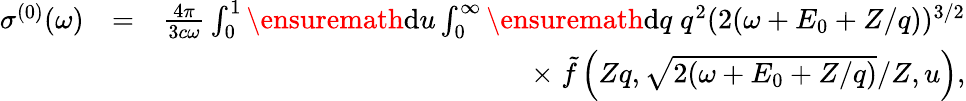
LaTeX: \begin{array}{rlr}{\sigma^{(0)}(\omega)}&{=}&{\frac{4\pi}{3c\omega}\int_{0}^{1}\ensuremath{\mathrm{d}}u\int_{0}^{\infty}\ensuremath{\mathrm{d}}q\; q^{2}(2(\omega+E_{0}+Z/q))^{3/2}}\\ &{}&{\times\; \tilde{f}\left(Zq,\sqrt{2(\omega+E_{0}+Z/q)}/Z,u\right),}\end{array}